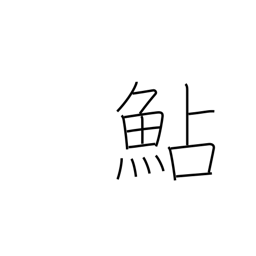
Meaning: smelt